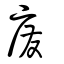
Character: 廢